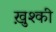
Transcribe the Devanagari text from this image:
ख़ुश्की